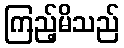
ကြည့်မိသည်